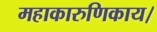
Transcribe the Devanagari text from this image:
महाकारुणिकाय।